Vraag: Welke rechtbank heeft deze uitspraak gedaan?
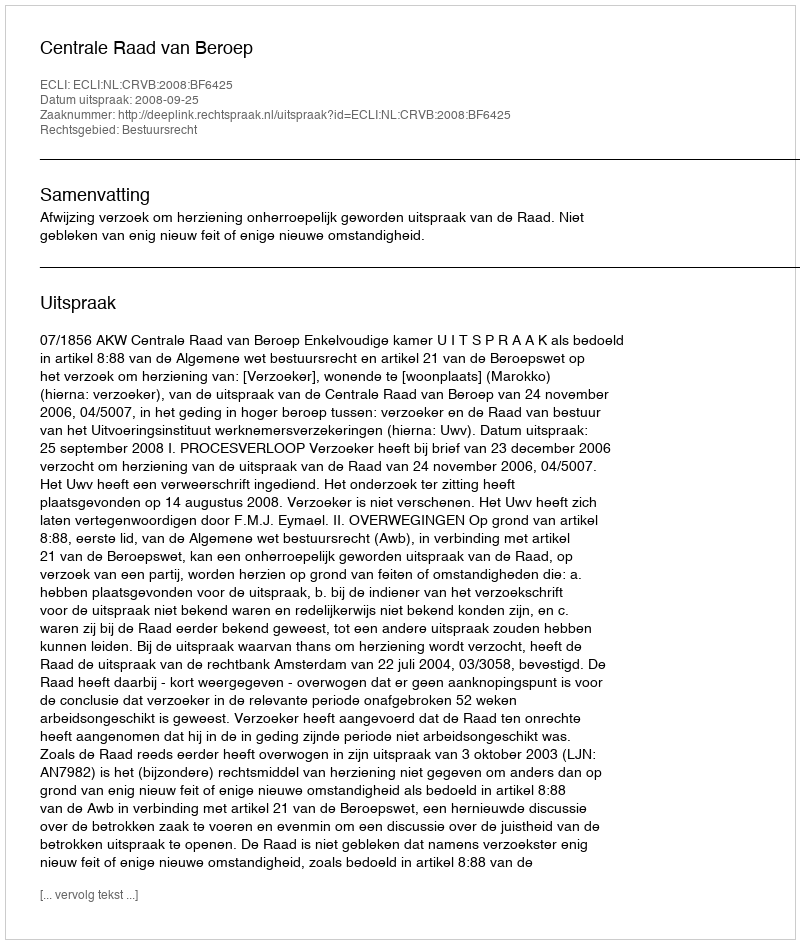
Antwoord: Centrale Raad van Beroep